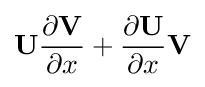
\mathbf {U} {\frac {\partial \mathbf {V} }{\partial x}}+{\frac {\partial \mathbf {U} }{\partial x}}\mathbf {V}